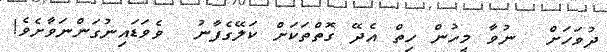
ދުވަހަށް  ނުވާ މީހުން ހިތް އެދޭ ގޮތްތަކަށް ކަލޭގެފާނު  ވެވަޑައިނުގަންނަވާށެވެ!